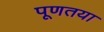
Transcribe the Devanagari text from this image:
पूणतया